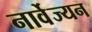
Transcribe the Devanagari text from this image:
नार्वेज्यन